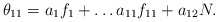
\begin{align*}\theta_{11}=a_1f_1+ \ldots a_{11}f_{11}+a_{12}N.\end{align*}